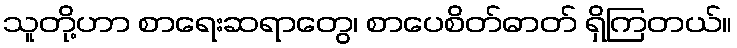
သူတို့ဟာ စာရေးဆရာတွေ၊ စာပေစိတ်ဓာတ် ရှိကြတယ်။